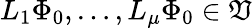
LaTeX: L_{1}\Phi_{0},\ldots,L_{\mu}\Phi_{0}\in\mathfrak{V}